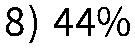
8) 44%